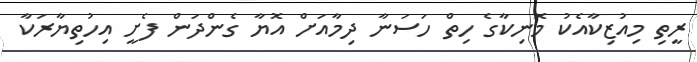
ރީތި މިއުޒިކާއެކު މޮނިކާގެ ހިތް ހަސަނާ ދިމާއަށް އޮޔާ ގެންދަން ފެށީ އިހުތިޔާރަކާ